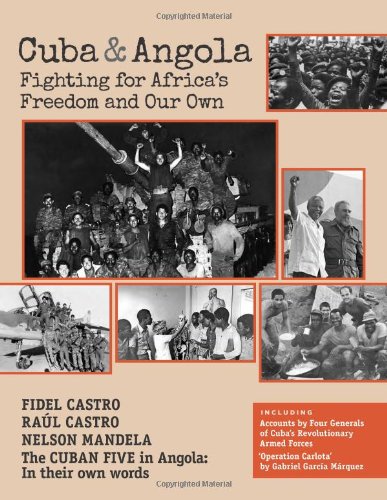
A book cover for Cuba and Angola: Fighting for Africa's Freedom and Our Own; Fidel Castro; History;